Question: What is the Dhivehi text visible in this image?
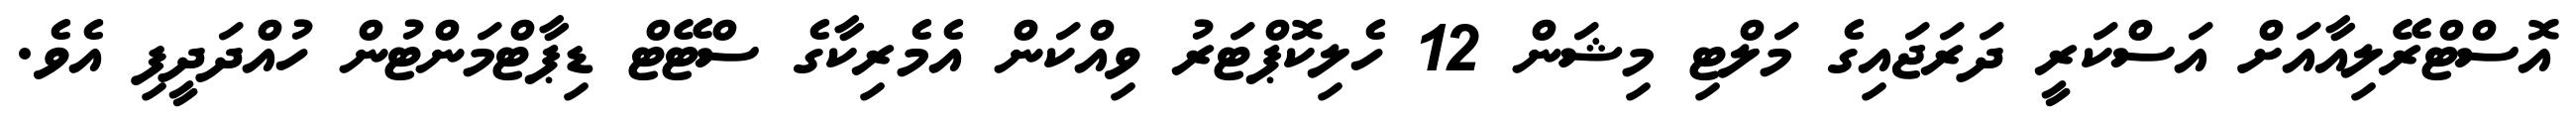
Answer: އޮސްޓްރޭލިއާއަށް އަސްކަރީ ދަރަޖައިގެ މަލްޓި މިޝަން 12 ހެލިކޮޕްޓަރު ވިއްކަން އެމެރިކާގެ ސްޓޭޓް ޑިޕާޓްމަންޓުން ހުއްދަދީފި އެވެ.